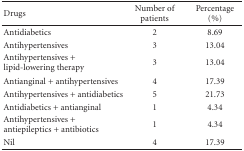
| Drugs | Number of patients | Percentage (%) |
 | --- | --- | --- |
 | Antidiabetics | 2 | 8.69 |
 | Antihypertensives | 3 | 13.04 |
 | Antihypertensives + lipid-lowering therapy | 3 | 13.04 |
 | Antianginal + antihypertensives | 4 | 17.39 |
 | Antihypertensives + antidiabetics | 5 | 21.73 |
 | Antidiabetics + antianginal | 1 | 4.34 |
 | Antihypertensives + antiepileptics + antibiotics | 1 | 4.34 |
 | Nil | 4 | 17.39 |